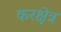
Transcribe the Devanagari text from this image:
करक्षेत्र